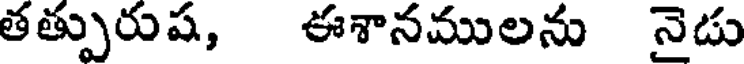
తత్పురుష, ఈశానములను నైడు